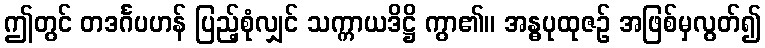
ဤတွင် တဒင်္ဂပဟန် ပြည့်စုံလျှင် သက္ကာယဒိဋ္ဌိ ကွာ၏။ အန္ဓပုထုဇဉ် အဖြစ်မှလွတ်၍